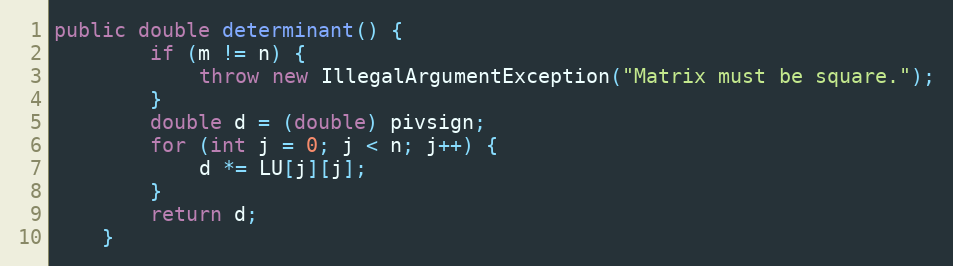
Language: Java
public double determinant() {
        if (m != n) {
            throw new IllegalArgumentException("Matrix must be square.");
        }
        double d = (double) pivsign;
        for (int j = 0; j < n; j++) {
            d *= LU[j][j];
        }
        return d;
    }